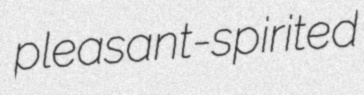
pleasant-spirited